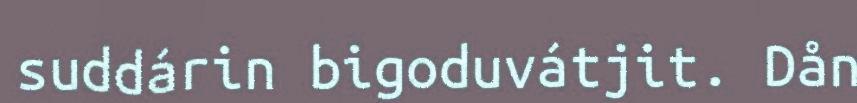
suddárin bigoduvátjit. Dån